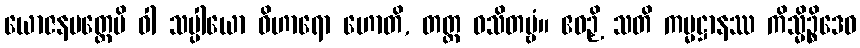
ယောဇနမတ္တေပိ ဝါ သပ္ပါယော ဝိဟာရော ဟောတိ, တတ္ထ ဝသိတဗ္ဗံ။ ဧဝဉှိ သတိ ကမ္မဋ္ဌာနဿ ကိသ္မိဉ္စိဒေဝ